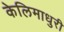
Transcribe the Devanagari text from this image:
केलिमाधुरी